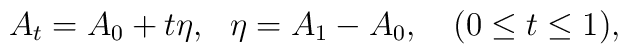
A_t = A_0 + t\eta,~~\eta = A_1 - A_0,~~~ (0\leq t\leq 1),